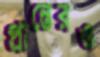
প্রান্তেরও